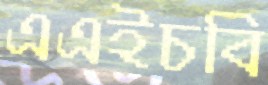
এএইচবি